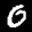
Label: 0